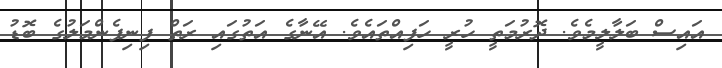
އައިސް ބަލާލީމެވެ. ދޮރުމަތީ ހުރީ ހަފިއްތައެވެ. އޭނާގެ އަތުގައި ރަތް ފިނިފެންމަލުގެ ބޮޑު